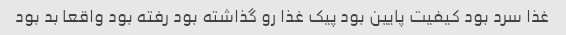
غذا سرد بود کیفیت پایین بود پیک غذا رو گذاشته بود رفته بود واقعا بد بود